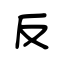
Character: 反